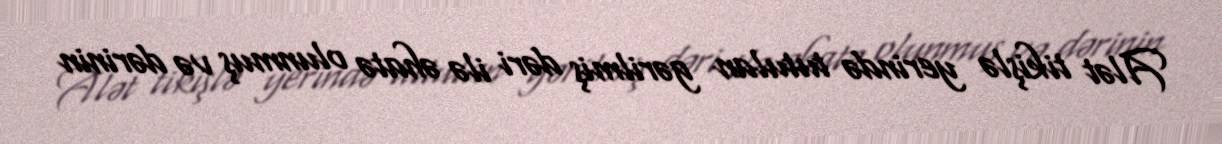
Alət tikişlə yerində tutulan gərilmiş dəri ilə əhatə olunmuş və dərinin